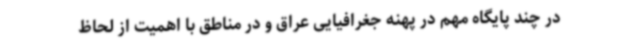
در چند پایگاه مهم در پهنه جغرافیایی عراق و در مناطق با اهمیت از لحاظ